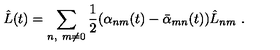
\hat { L } ( t ) = \sum _ { n , \ m \neq 0 } { \frac { 1 } { 2 } } ( \alpha _ { n m } ( t ) - \bar { \alpha } _ { m n } ( t ) ) \hat { L } _ { n m } \ .